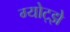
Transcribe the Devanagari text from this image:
ग्योट्झे